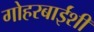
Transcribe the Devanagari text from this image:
गोहरबाईंशी